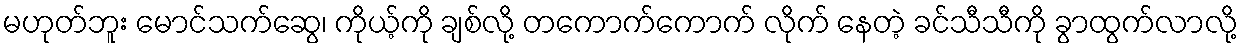
မဟုတ်ဘူး မောင်သက်ဆွေ၊ ကိုယ့်ကို ချစ်လို့ တကောက်ကောက် လိုက် နေတဲ့ ခင်သီသီကို ခွာထွက်လာလို့